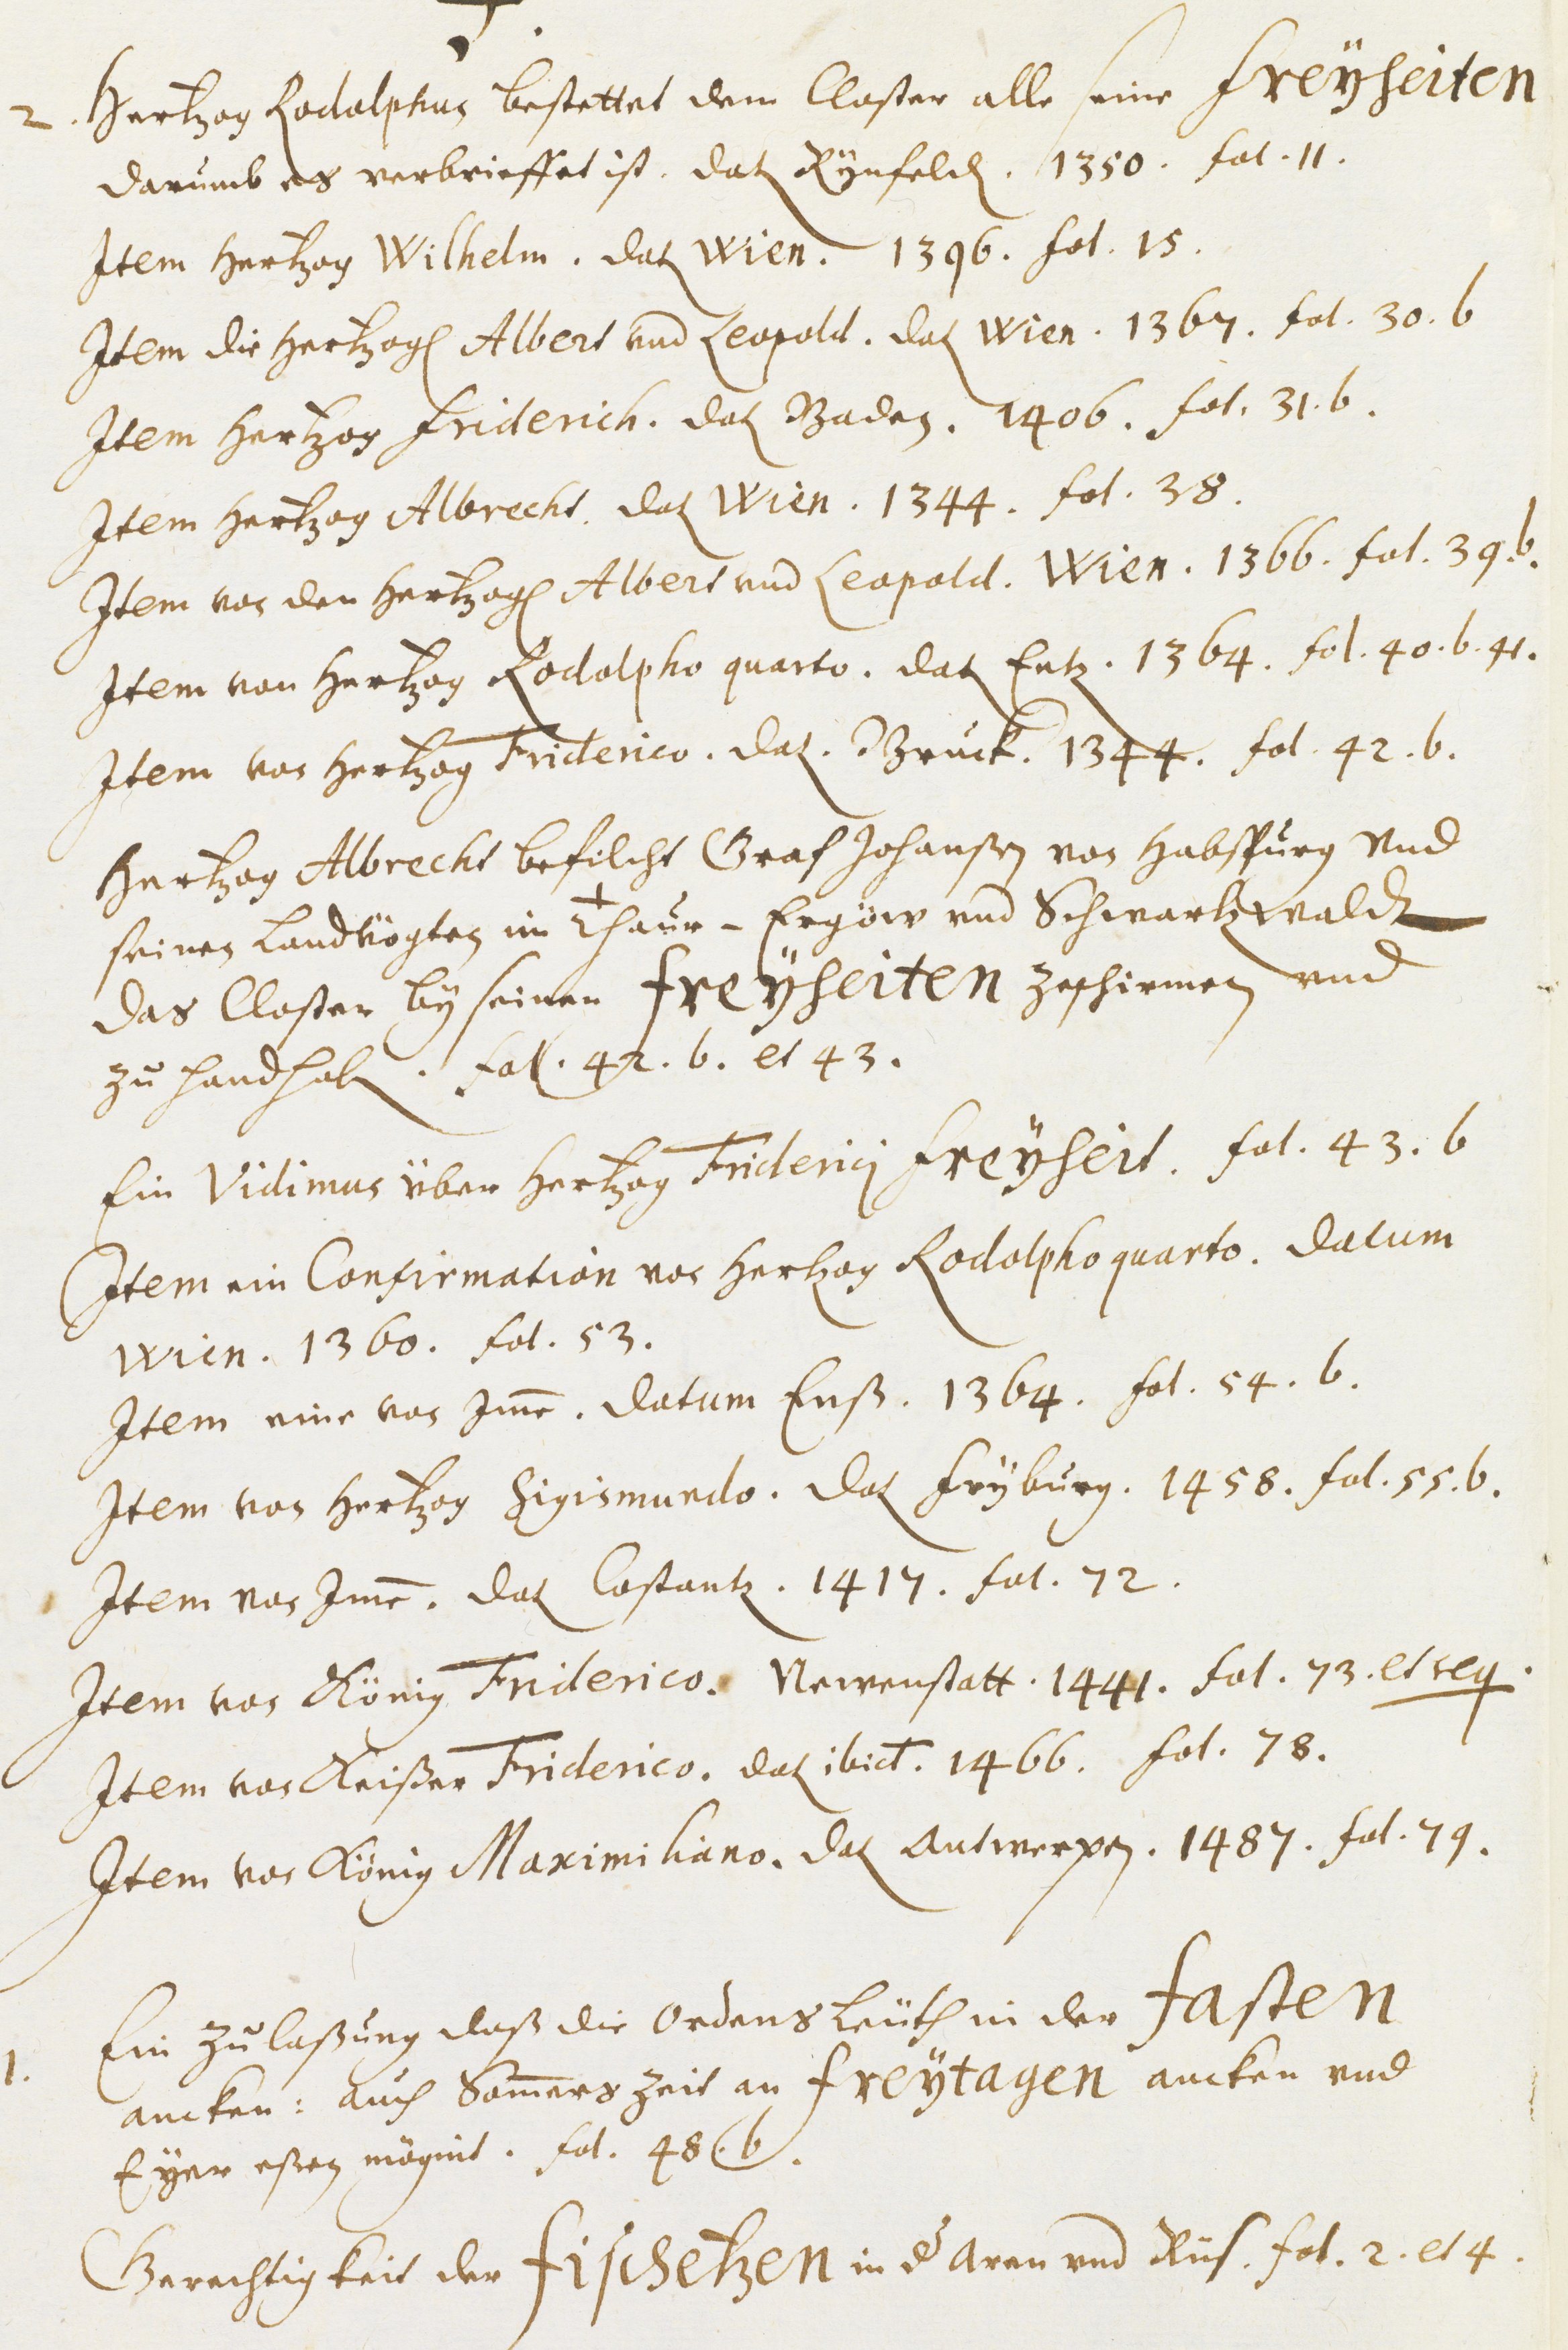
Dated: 1451–1510